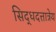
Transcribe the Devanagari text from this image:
सिद्धदत्तात्रेय